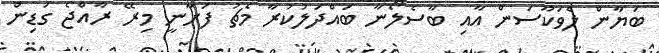
ބަޔާން ލެވަކޫސަން އާއި ބާސެލޯނާ ބައްދަލުކުރާ މެޗު ފަށާނީ މިރޭ ރާއްޖެ ގަޑިން